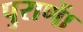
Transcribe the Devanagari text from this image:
पुराणाें